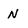
Character: N